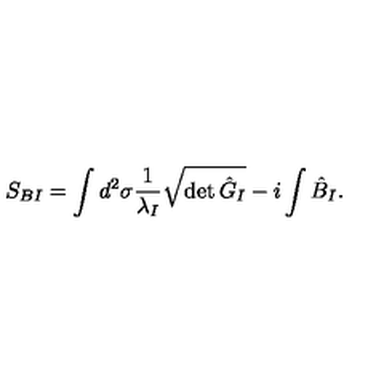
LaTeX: S _ { B I } = \int d ^ { 2 } \sigma \frac { 1 } { \lambda _ { I } } \sqrt { \det { \hat { G } } _ { I } } - i \int \hat { B } _ { I } .